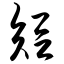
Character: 短